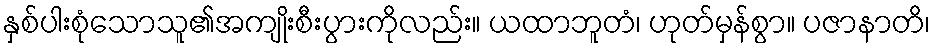
နှစ်ပါးစုံသောသူ၏အကျိုးစီးပွားကိုလည်း။ ယထာဘူတံ၊ ဟုတ်မှန်စွာ။ ပဇာနာတိ၊